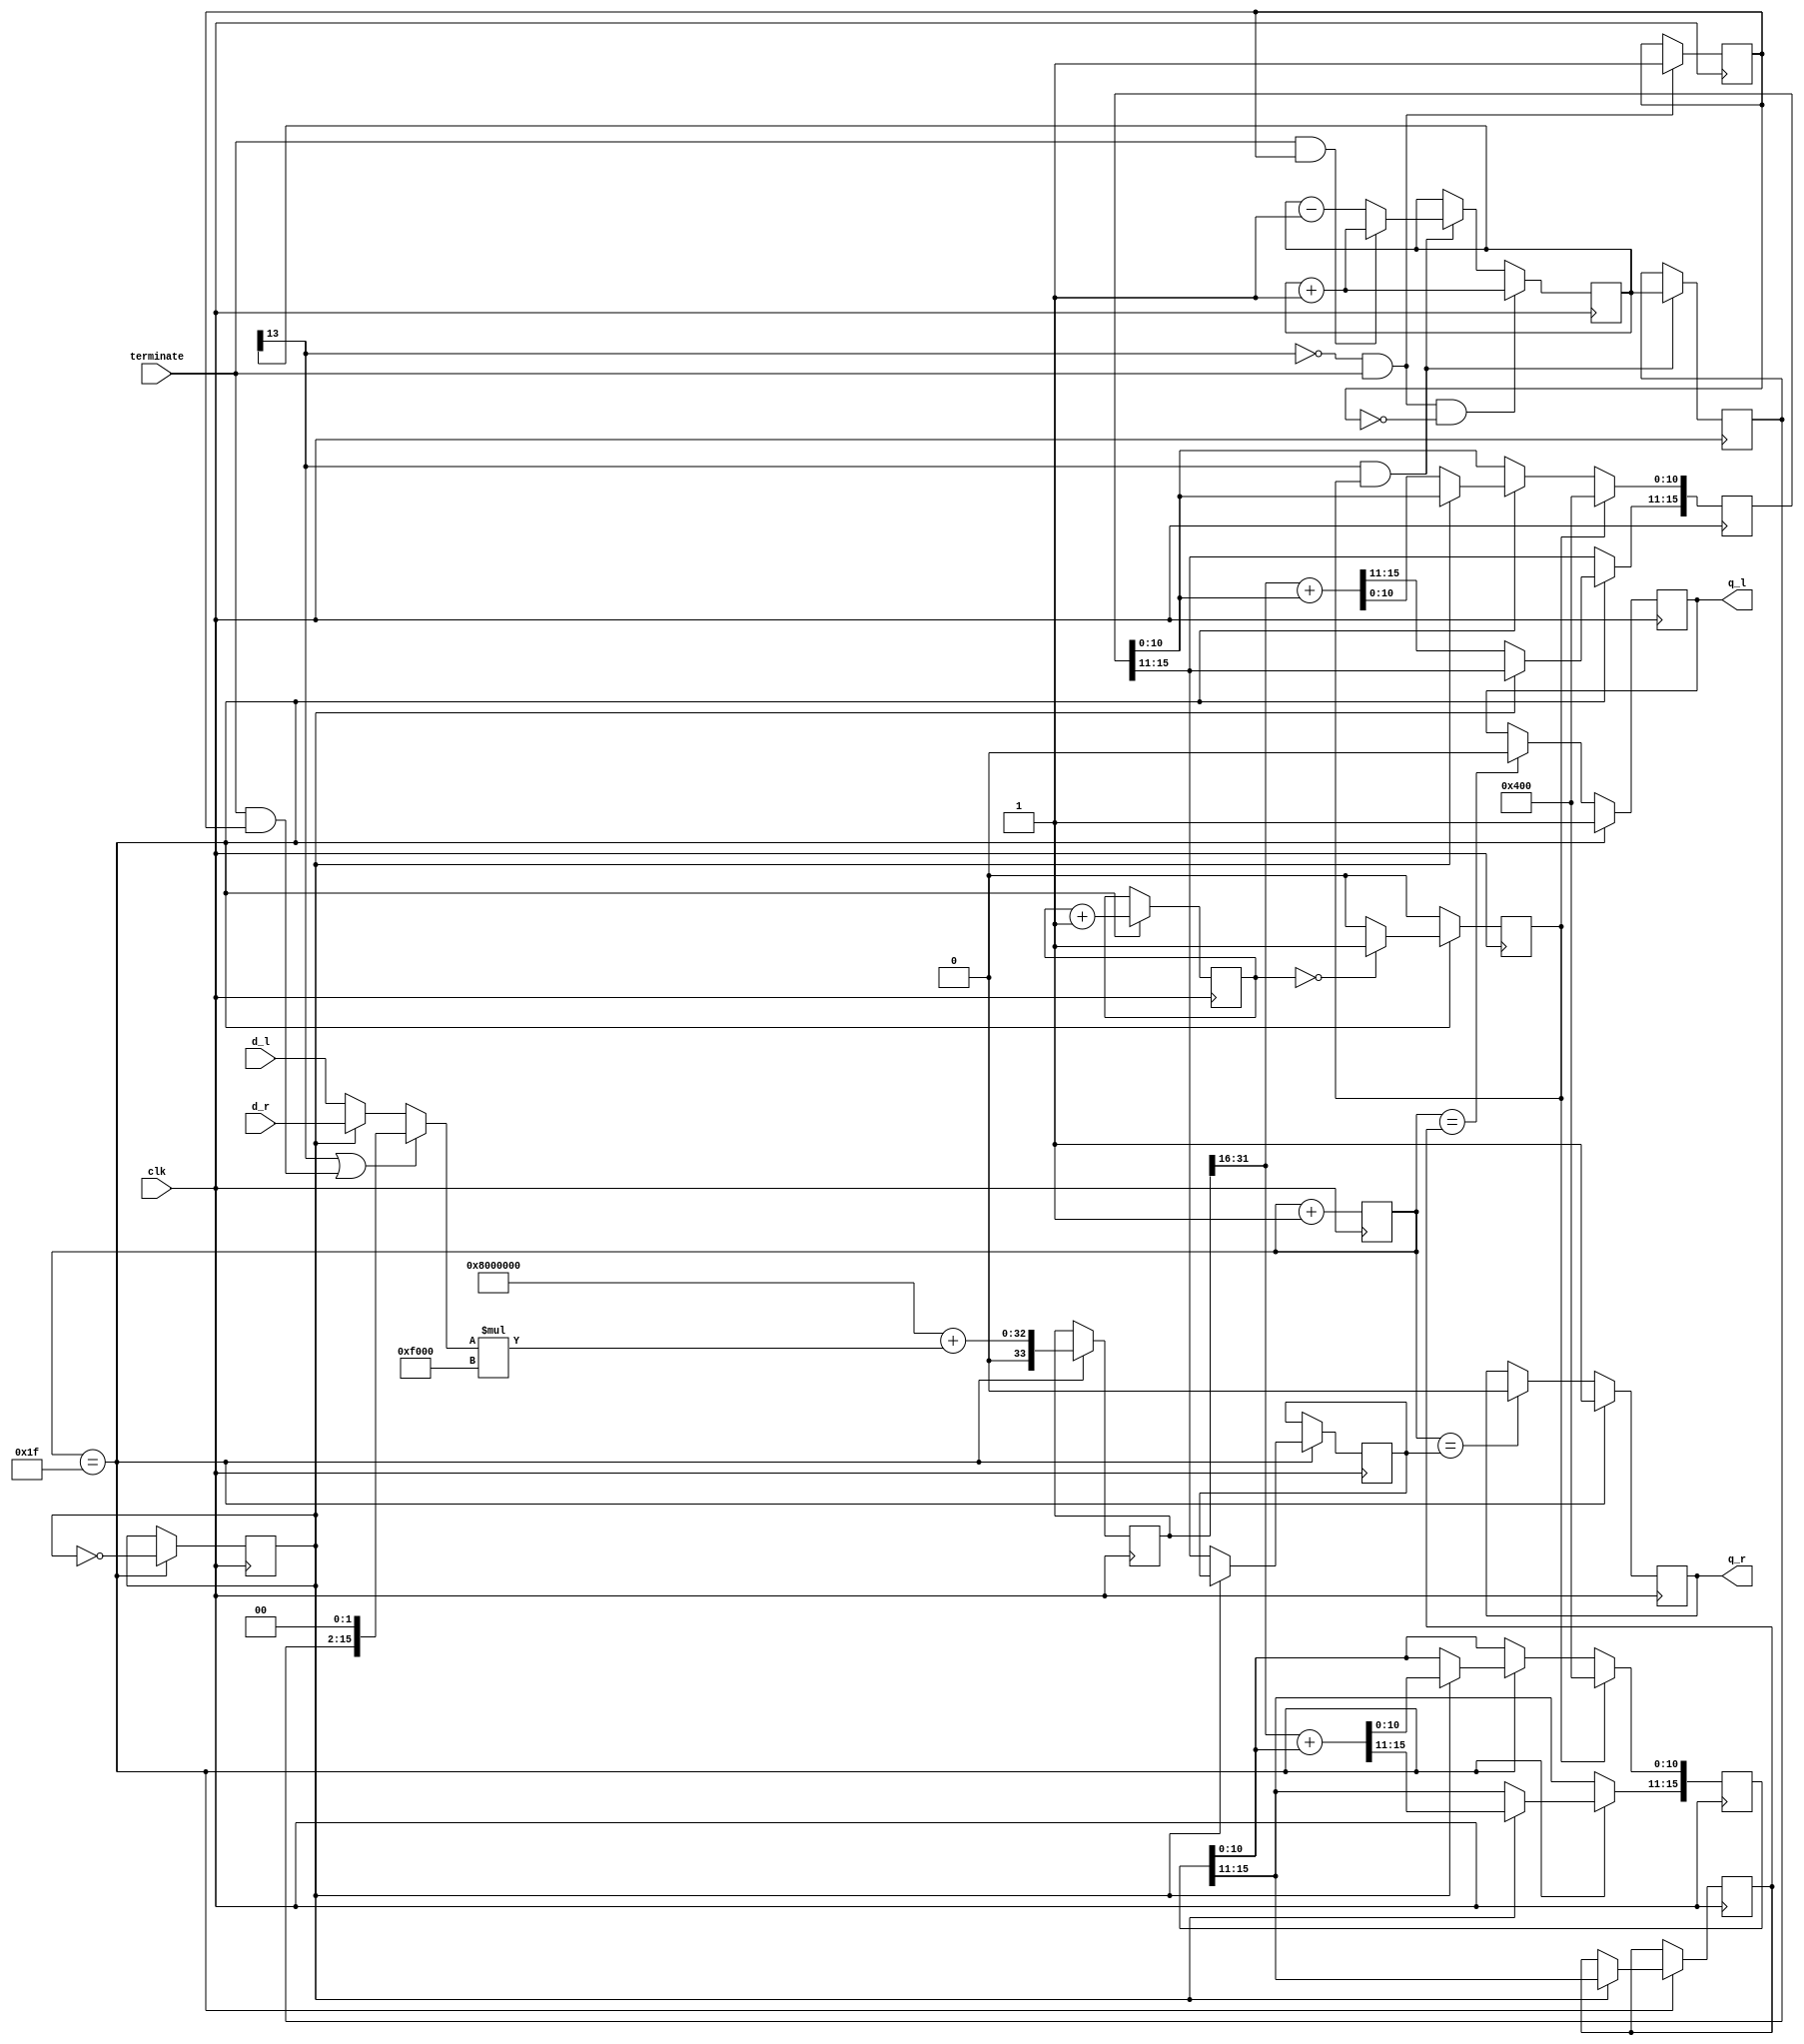
module hybrid_pwm_sd
(
	input clk,
	input terminate,
	input [15:0] d_l,
	input [15:0] d_r,
	output reg q_l,
	output reg q_r
);


// PWM portion of the DAC - a free-running 5-bit counter.
// Output goes high when counter is 0
// and goes low again when the threshold value is reached.

reg [4:0] pwmcounter=5'b11111;
reg [4:0] pwmthreshold_l = 5'd30;
reg [4:0] pwmthreshold_r = 5'd30;

always @(posedge clk) begin
	pwmcounter<=pwmcounter+5'b1;
	
	if(pwmcounter==pwmthreshold_l)
		q_l<=1'b0;

	if(pwmcounter==pwmthreshold_r)
		q_r<=1'b0;

	if(pwmcounter==5'b11111)
	begin
		q_l<=1'b1;
		q_r<=1'b1;
	end

end


// Anti-pop - at power-on ramp smoothly from near-maximum to midpoint,
// then cut over to the core's audio output.

// After initialisation, the terminate input going high
// will prompt a ramp back up to maximum to avoid a pop
// on core-change.

reg term_ena=1'b0;
wire terminated = terminate & term_ena;

reg [13:0] initctr = 14'h3e00;
wire init = initctr[13];
reg [13:0] initctr_l = 14'h3e00;

always @(posedge clk) begin
	if(init && dump) begin
		initctr_l<=initctr; // Lags one step behind to avoid wrapping from max -> 0 on terminate
		if(terminate && term_ena)
			initctr <= initctr+1'd1;	// Increase the counter on termination
		else
			initctr <= initctr-1'd1;	// Decresae the counter on power-on
	end
	if(!init && terminate)
		term_ena<=1'b1;	// Termination can't start until init is complete.
	if(!init && terminate && !term_ena)
		initctr <= initctr+1'd1;	// Kick-start the termination, setting initctr[13]
end

// Periodic dumping of the accumulator to kill standing tones.
// Yes, I know, yuck.  In practice it works better than would be expected.
reg [7:0] dumpcounter;
reg dump;

always @(posedge clk) begin
	dump <=1'b0;
	if(pwmcounter==5'b11111)
	begin
		dumpcounter<=dumpcounter+1'd1;
		dump<=dumpcounter==0 ? 1'b1 : 1'b0;
	end
end


// The Sigma Delta portion of the DAC

// The most expensive part, the multiply-and-add (which Quartus implements
// as shift-and-add due to the fixed factor) is multiplexed between the left
// and right channels, switching between the two every time the counters are reloaded.

reg [33:0] scaledin = 33'hF0000000;
reg [15:0] sigma_l = 16'hf000;
reg [15:0] sigma_r = 16'hf000;

reg muxtoggle;
wire [15:0] mux_in;
assign mux_in = (init | terminated) ? {initctr_l[13:0],2'b00} : ( muxtoggle ? d_r : d_l );

always @(posedge clk) begin
	if(pwmcounter==5'b11111) // Update thresholds as PWM cycle ends
	begin	
		scaledin<=33'h8000000 // (1<<(16-5))<<16     offset to keep centre aligned.
			+({1'b0,mux_in}*16'hf000); // + d_l * 30<<(16-5);

		// Pick a new PWM threshold using a Sigma Delta
		if(muxtoggle) begin
			sigma_l<=scaledin[31:16]+{5'b00000,sigma_l[10:0]};	// Will use previous iteration's scaledin value
			pwmthreshold_l<=sigma_l[15:11]; // Will lag 2 cycles behind, but shouldn't matter.
		end else begin
			sigma_r<=scaledin[31:16]+{5'b00000,sigma_r[10:0]};	// Will use previous iteration's scaledin value
			pwmthreshold_r<=sigma_r[15:11]; // Will lag 2 cycles behind, but shouldn't matter.
		end

		muxtoggle<=!muxtoggle;
	end

	if(dump)	// dump the accumulator
	begin
		sigma_l[10:0]<=11'b100_00000000;
		sigma_r[10:0]<=11'b100_00000000;
	end
end

endmodule